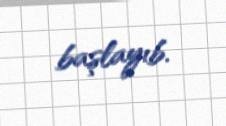
başlayıb.